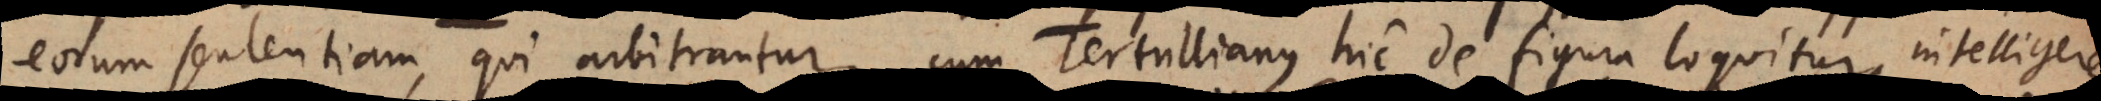
eorum sententiam, qui arbitrantur, cum Tertullianus hic de figura loquitur, intelligere